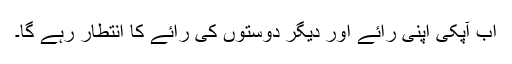
اب آپکی اپنی رائے اور دیگر دوستوں کی رائے کا انتطار رہے گا۔